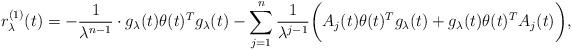
LaTeX: \begin{align*}r_{\lambda}^{(1)}(t) = - \frac{1}{\lambda^{n-1}} \cdot g_{\lambda}(t) \theta(t)^{T} g_{\lambda}(t) - \sum_{j=1}^{n} \frac{1}{\lambda^{j-1}} \bigg( A_{j}(t) \theta(t)^{T} g_{\lambda}(t) + g_{\lambda}(t) \theta(t)^{T} A_{j}(t) \bigg), \end{align*}